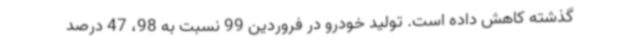
گذشته کاهش داده است. تولید خودرو در فروردین 99 نسبت به 98، 47 درصد